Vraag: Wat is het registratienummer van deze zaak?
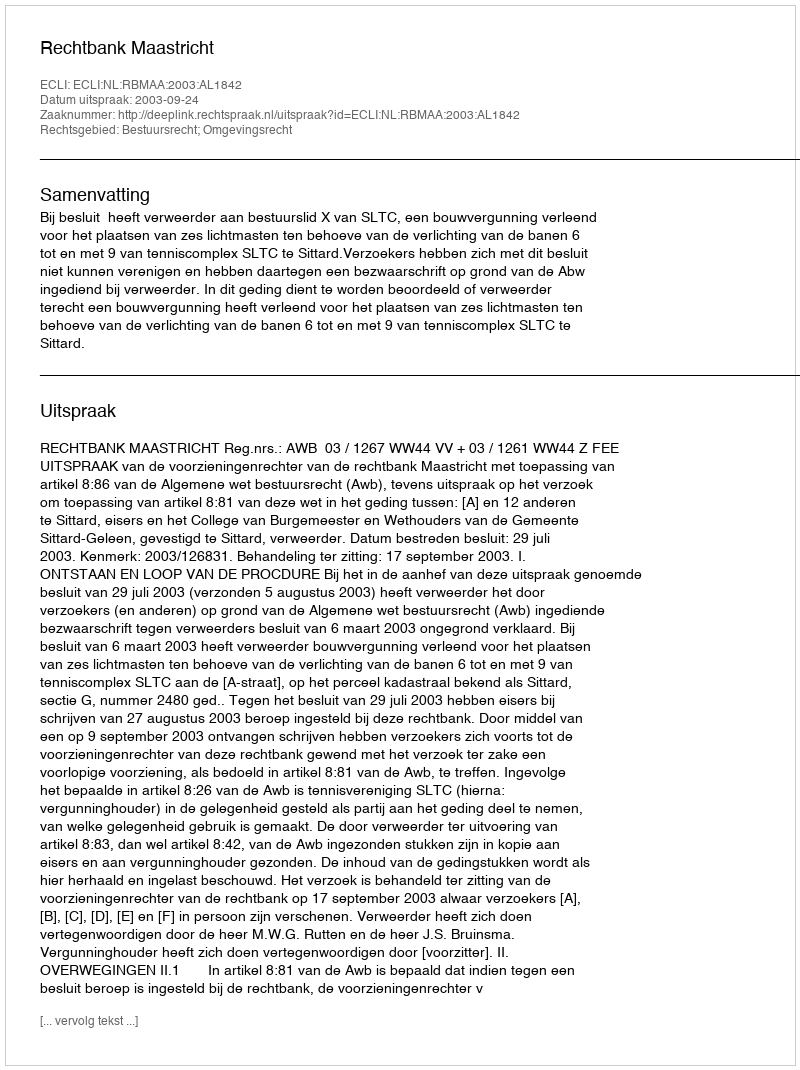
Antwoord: http://deeplink.rechtspraak.nl/uitspraak?id=ECLI:NL:RBMAA:2003:AL1842